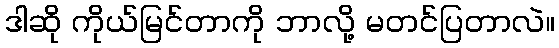
ဒါဆို ကိုယ်မြင်တာကို ဘာလို့ မတင်ပြတာလဲ။